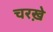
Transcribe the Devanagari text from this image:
चरख़े